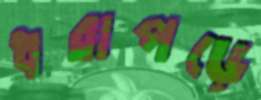
ধরাপড়ে